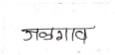
मजकूर: जळगाव